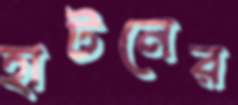
হাটনের